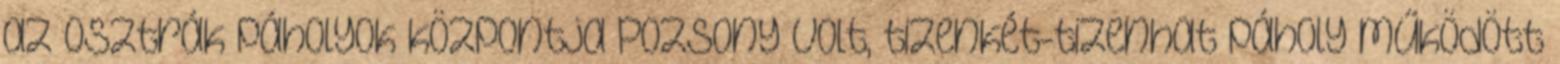
az osztrák páholyok központja Pozsony volt, tizenkét-tizenhat páholy működött